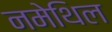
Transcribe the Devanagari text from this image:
नमेथिल